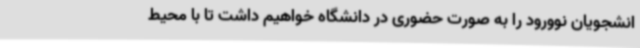
انشجویان نوورود را به صورت حضوری در دانشگاه خواهیم داشت تا با محیط